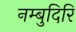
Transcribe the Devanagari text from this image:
नम्बुदिरि